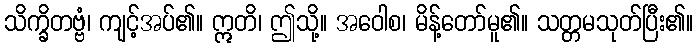
သိက္ခိတဗ္ဗံ၊ ကျင့်အပ်၏။ ဣတိ၊ ဤသို့။ အဝေါစ၊ မိန့်တော်မူ၏။ သတ္တမသုတ်ပြီး၏။